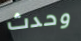
وحدث